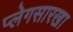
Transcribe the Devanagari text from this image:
प्लेगसारखा